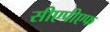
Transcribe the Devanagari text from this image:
सीएपीएफ